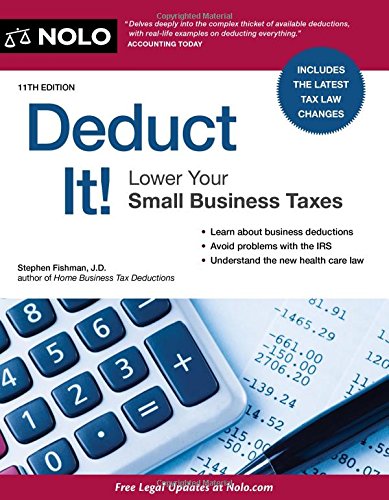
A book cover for Deduct It!: Lower Your Small Business Taxes; Stephen Fishman JD; Business & Money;